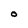
Character: O